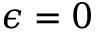
\epsilon = 0